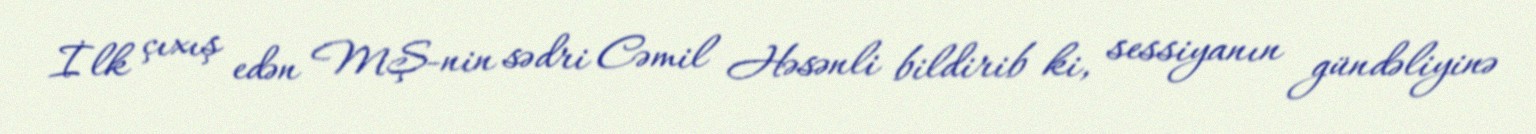
İlk çıxış edən MŞ-nin sədri Cəmil Həsənli bildirib ki, sessiyanın gündəliyinə